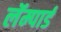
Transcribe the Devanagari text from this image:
लॅम्पार्ड